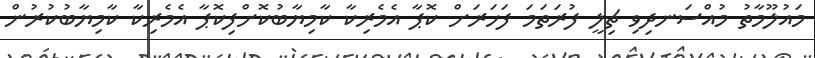
މައުލޫމާތު މުއްސަނދިވި ޗިލީ ފުރަތަމަ ފަހަރަށް ކޮޕާ އެމެރިކާ ކާމިޔާބުކޮށްފިކޮޕާ އެމެރިކާ ކާމިޔާބުކުރުން